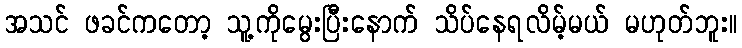
အသင် ဖခင်ကတော့ သူ့ကိုမွေးပြီးနောက် သိပ်နေရလိမ့်မယ် မဟုတ်ဘူး။